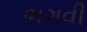
ભગવી